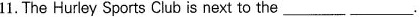
11.The Hurley Sports Club is next to the ___ ___.